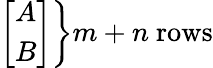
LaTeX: \textstyle\left.{\left[\begin{array}{l}{A}\\ {B}\end{array}\right]}\right\} m+n{\mathrm{~rows}}